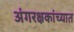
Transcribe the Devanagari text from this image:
अंगरक्षकांच्यात